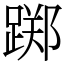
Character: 踯